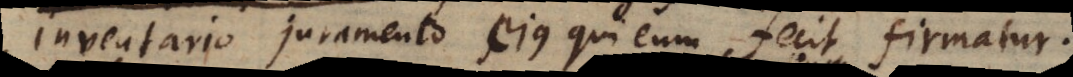
inventario juramento ejus qui eum fecit firmatur.